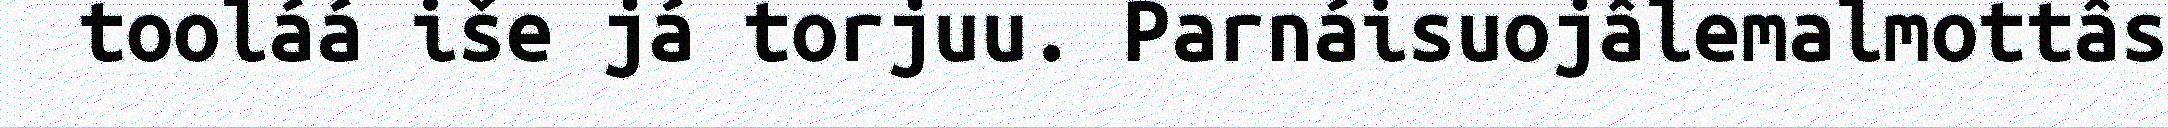
tooláá iše já torjuu. Parnáisuojâlemalmottâs